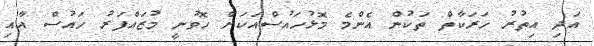
އަދި އިތުރު ހަރަކާތް ތަކުން އެންމެ މޮޅުހައުސްއަކަށް ހޮވުނީ މުޒައްފަރު ހައުސް އާއި